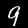
Digit: 9